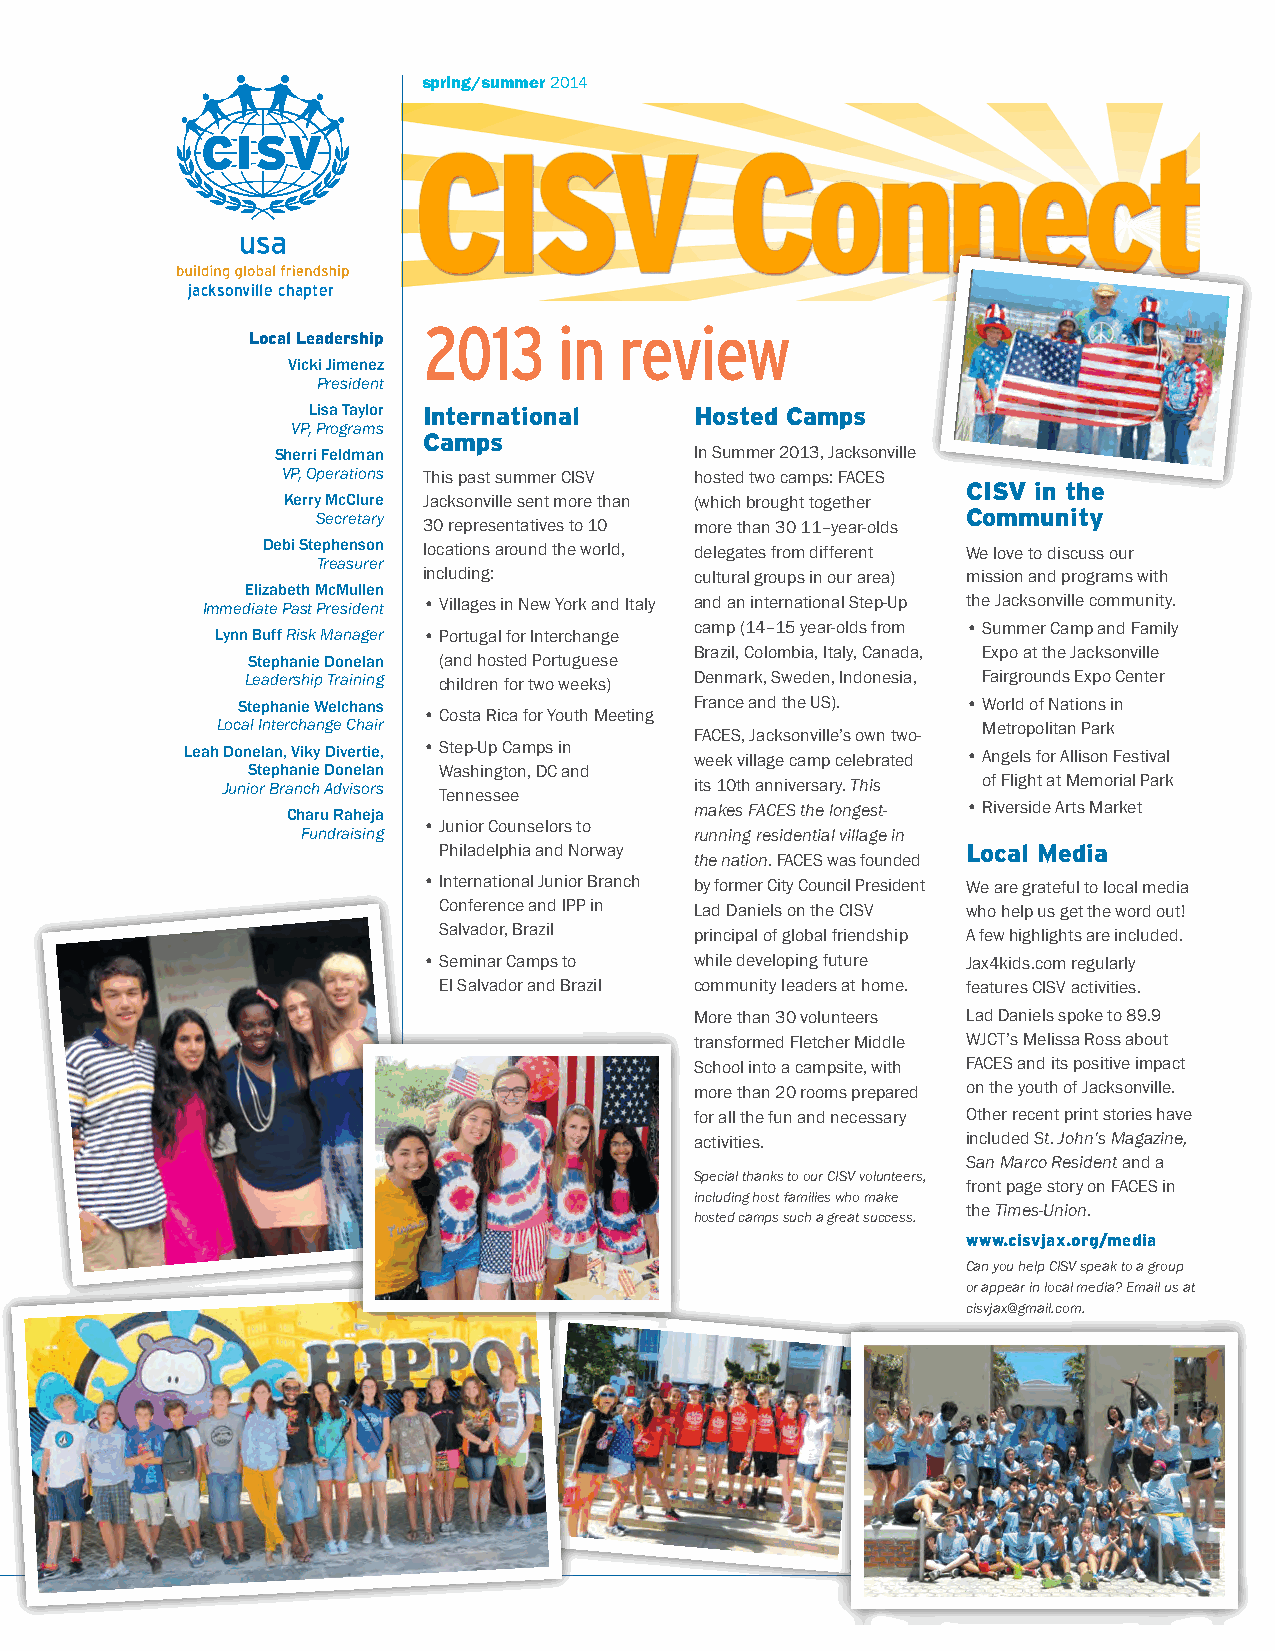
spring/summer 2014
 jacksonville chapter
 2013     in  review
 Local Leadership
 Vicki Jimenez
 President
 Lisa Taylor International Hosted Camps
 VP, Programs
 Camps
 Sherri Feldman              In Summer 2013, Jacksonville
 VP, Operations This past summer CISV hosted two camps: FACES
 CISV in the
 Kerry McClure Jacksonville sent more than (which brought together
 Community
 Secretary 30 representatives to 10 more than 30 11–year-olds
 Debi Stephenson locations around the world, delegates from different We love to discuss our
 Treasurer
 including:        cultural groups in our area) mission and programs with
 Elizabeth McMullen
 Immediate Past President • V illages in New York and Italy and an international Step-Up the Jacksonville community.
 camp (14–15 year-olds from • S ummer Camp and Family
 Lynn Buff Risk Manager • P ortugal for Interchange
 Brazil, Colombia, Italy, Canada, Expo at the Jacksonville
 Stephanie Donelan (and hosted Portuguese
 Leadership Training children for two weeks) Denmark, Sweden, Indonesia, Fairgrounds Expo Center
 Stephanie Welchans            France and the US). • W orld of Nations in
 • C osta Rica for Youth Meeting
 Local Interchange Chair                            Metropolitan Park
 FACES, Jacksonville’s own two-
 Leah Donelan, Viky Divertie, • S tep-Up Camps in week village camp celebrated • A ngels for Allison Festival
 Stephanie Donelan Washington, DC and
 Junior Branch Advisors Tennessee its 10th anniversary. This of Flight at Memorial Park
 Charu Raheja               makes FACES the longest- • R iverside Arts Market
 • J unior Counselors to
 Fundraising               running residential village in
 Philadelphia and Norway            Local Media
 the nation. FACES was founded
 • I nternational Junior Branch by former City Council President We are grateful to local media
 Conference and IPP in Lad Daniels on the CISV who help us get the word out!
 Salvador, Brazil principal of global friendship A few highlights are included.
 • S eminar Camps to while developing future Jax4kids.com regularly
 El Salvador and Brazil community leaders at home. features CISV activities.
 More than 30 volunteers Lad Daniels spoke to 89.9
 transformed Fletcher Middle WJCT’s Melissa Ross about
 School into a campsite, with FACES and its positive impact
 more than 20 rooms prepared on the youth of Jacksonville.
 for all the fun and necessary Other recent print stories have
 activities.       included St. John’s Magazine,
 San Marco Resident and a
 Special thanks to our CISV volunteers,
 front page story on FACES in
 including host families who make
 the Times-Union.
 hosted camps such a great success.
 www.cisvjax.org/media
 Can you help CISV speak to a group
 or appear in local media? Email us at
 cisvjax@gmail.com.